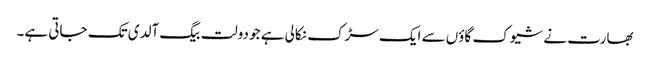
بھارت نے شیوک گاؤں سے ایک سڑک نکالی ہے جو دولت بیگ آلدی تک جاتی ہے۔